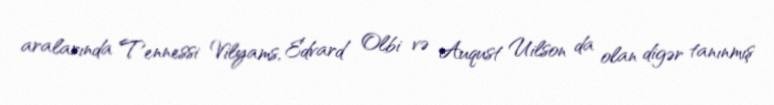
aralarında Tennessi Vilyams, Edvard Olbi və Auqust Uilson da olan digər tanınmış